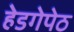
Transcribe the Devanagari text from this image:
हेडगेपेठ